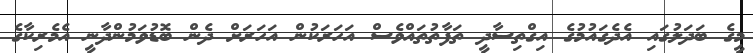
މީގެ ބަދަލުގައި އެދެގައުމުގެ އިގްތިސާދީ ތަފާތުތައްވެސް އަހަރަކުން އަހަރަށް ދެން ބޮޑުވަމުންދާނީ އެމެރިކާގެ